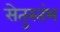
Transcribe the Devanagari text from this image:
सेतुस्तंभ